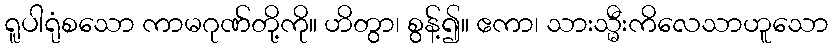
ရူပါရုံစသော ကာမဂုဏ်တို့ကို။ ဟိတွာ၊ စွန့်၍။ ဧကာ၊ သားသ္မီးကိလေသာဟူသော